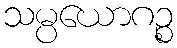
သမ္ပယောဂဉ္စ